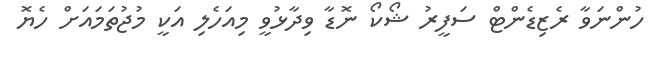
ހުންނަވާ ރެޒިޑެންޓް ސަފީރު ޝޯކޯ ނޮޑާ ވިދާޅުވީ މިއަހެލި އަކީ މުޖުތަމައަށް ހެޔޮ